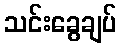
သင်းခွေချပ်